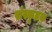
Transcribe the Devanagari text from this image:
संस्कृतक